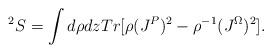
LaTeX: \begin{align*}^2S=\int d\rho dz Tr[\rho (J^P)^2-\rho ^{-1}(J^{\Omega})^2].\end{align*}